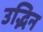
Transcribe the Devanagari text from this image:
उद्भिन